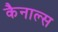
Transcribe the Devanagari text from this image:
कैनाल्स